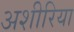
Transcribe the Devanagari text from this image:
अशीरिया